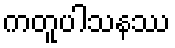
ကတူပါသနဿ